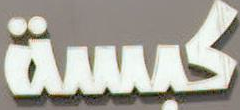
كبسة